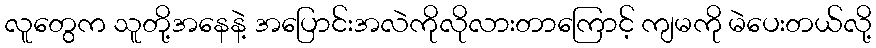
လူတွေက သူတို့အနေနဲ့ အပြောင်းအလဲကိုလိုလားတာကြောင့် ကျမကို မဲပေးတယ်လို့